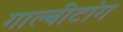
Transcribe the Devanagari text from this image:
गाल्बीटांग